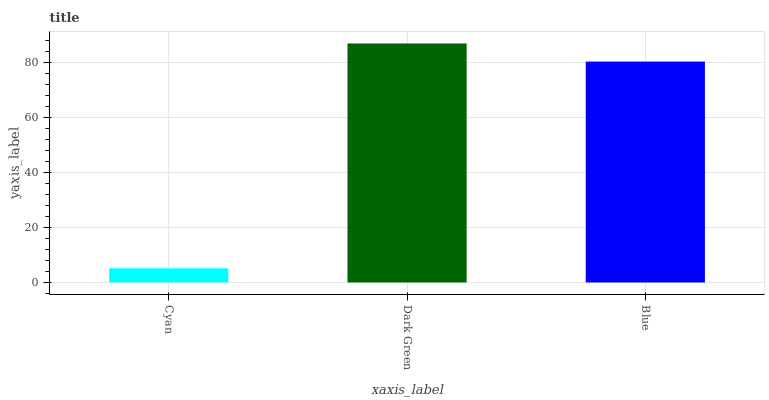
| xaxis_label | bars |
 | --- | --- |
 | Cyan | 5.17 |
 | Dark Green | 87 |
 | Blue | 80.4 |